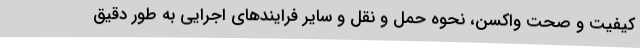
کیفیت و صحت واکسن، نحوه حمل و نقل و سایر فرایندهای اجرایی به طور دقیق